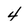
Character: 4